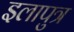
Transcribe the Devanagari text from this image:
इलापुत्र